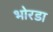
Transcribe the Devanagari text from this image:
भोरडा